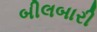
બીલબારી